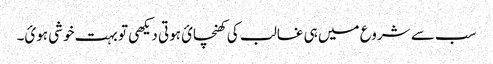
سب سے شروع میں ہی غالب کی کھنچائ ہوتی دیکھی تو بہت خوشی ہوئ۔